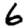
Digit: 6